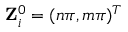
{ \bf Z } _ { i } ^ { 0 } = ( n \pi , m \pi ) ^ { T }